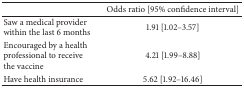
<table><thead><tr><td><b> </b></td><td><b>Odds ratio [95% confidence interval]</b></td></tr></thead><tbody><tr><td>Saw a medical provider within the last 6 months</td><td>1.91 [1.02–3.57]</td></tr><tr><td>Encouraged by a health professional to receive the vaccine</td><td>4.21 [1.99–8.88]</td></tr><tr><td>Have health insurance </td><td>5.62 [1.92–16.46]</td></tr></tbody></table>